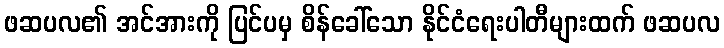
ဖဆပလ၏ အင်အားကို ပြင်ပမှ စိန်ခေါ်သော နိုင်ငံရေးပါတီများထက် ဖဆပလ